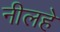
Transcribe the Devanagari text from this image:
नीलहे